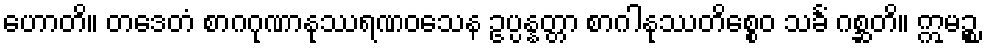
ဟောတိ။ တဒေတံ စာဂဂုဏာနုဿရဏဝသေန ဥပ္ပန္နတ္တာ စာဂါနုဿတိစ္စေဝ သင်္ခံ ဂစ္ဆတိ။ ဣမဉ္စ